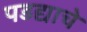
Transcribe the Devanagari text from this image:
पडद्याचे